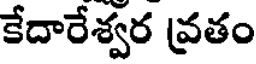
కేదారేశ్వర వ్రతం